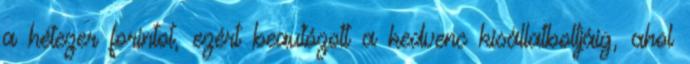
a hétezer forintot, ezért beautózott a kedvenc kisállatboltjáig, ahol